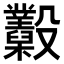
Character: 𣫩